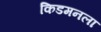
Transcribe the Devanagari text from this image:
किडमनला